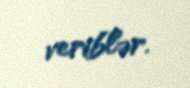
veriblər.